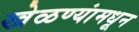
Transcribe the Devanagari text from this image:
खेळण्यांमधून